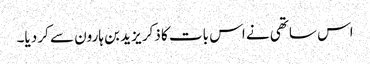
اس ساتھی نے اس بات کا ذکر یزید بن ہارون سے کر دیا۔